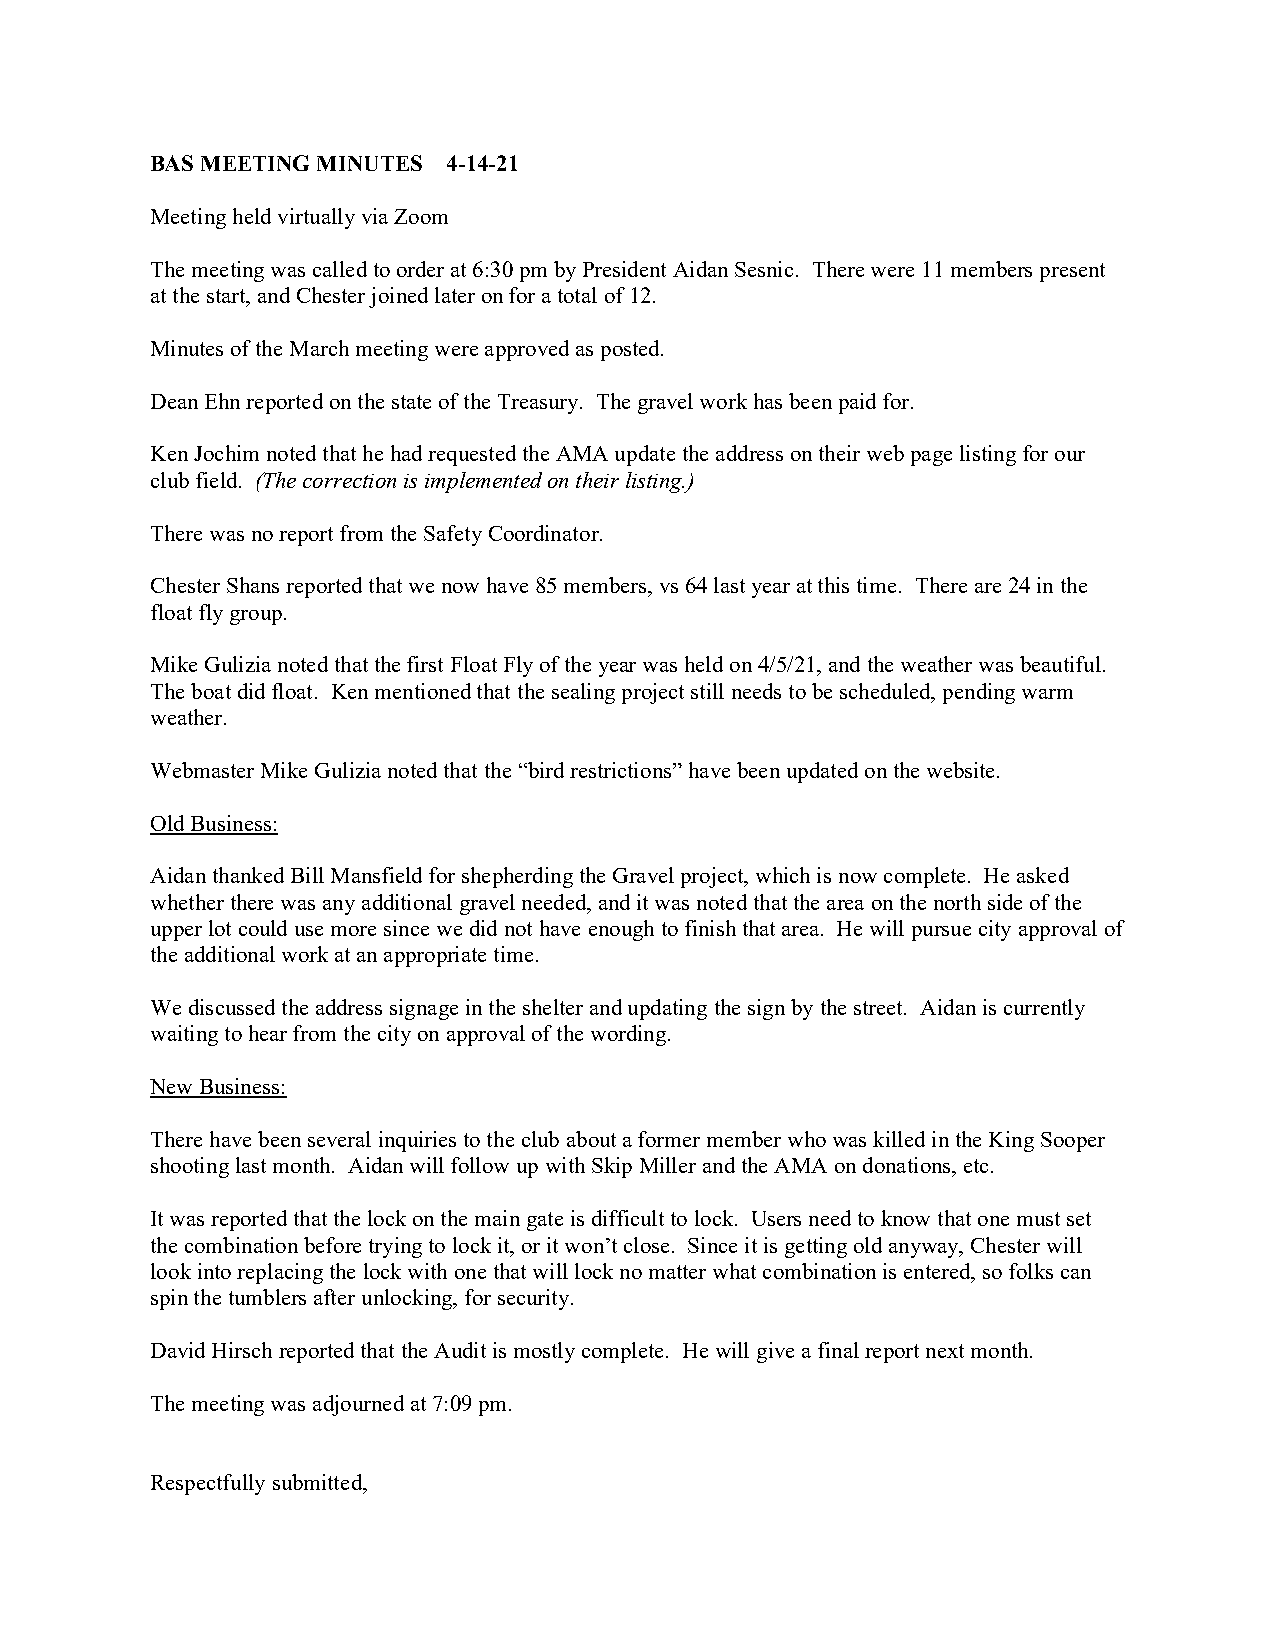
BAS MEETING MINUTES 4-14-21
 Meeting held virtually via Zoom
 The meeting was called to order at 6:30 pm by President Aidan Sesnic. There were 11 members present
 at the start, and Chester joined later on for a total of 12.
 Minutes of the March meeting were approved as posted.
 Dean Ehn reported on the state of the Treasury. The gravel work has been paid for.
 Ken Jochim noted that he had requested the AMA update the address on their web page listing for our
 club field. (The correction is implemented on their listing.)
 There was no report from the Safety Coordinator.
 Chester Shans reported that we now have 85 members, vs 64 last year at this time. There are 24 in the
 float fly group.
 Mike Gulizia noted that the first Float Fly of the year was held on 4/5/21, and the weather was beautiful.
 The boat did float. Ken mentioned that the sealing project still needs to be scheduled, pending warm
 weather.
 Webmaster Mike Gulizia noted that the “bird restrictions” have been updated on the website.
 Old Business:
 Aidan thanked Bill Mansfield for shepherding the Gravel project, which is now complete. He asked
 whether there was any additional gravel needed, and it was noted that the area on the north side of the
 upper lot could use more since we did not have enough to finish that area. He will pursue city approval of
 the additional work at an appropriate time.
 We discussed the address signage in the shelter and updating the sign by the street. Aidan is currently
 waiting to hear from the city on approval of the wording.
 New Business:
 There have been several inquiries to the club about a former member who was killed in the King Sooper
 shooting last month. Aidan will follow up with Skip Miller and the AMA on donations, etc.
 It was reported that the lock on the main gate is difficult to lock. Users need to know that one must set
 the combination before trying to lock it, or it won’t close. Since it is getting old anyway, Chester will
 look into replacing the lock with one that will lock no matter what combination is entered, so folks can
 spin the tumblers after unlocking, for security.
 David Hirsch reported that the Audit is mostly complete. He will give a final report next month.
 The meeting was adjourned at 7:09 pm.
 Respectfully submitted,